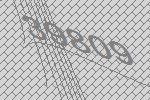
39809